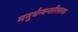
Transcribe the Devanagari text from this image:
मनुर्धन्वन्तरिस्तथा